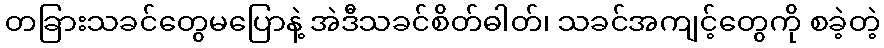
တခြားသခင်တွေမပြောနဲ့ အဲဒီသခင်စိတ်ဓါတ်၊ သခင်အကျင့်တွေကို စခဲ့တဲ့